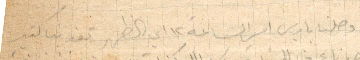
وصلنا باريس امس الساعة ١٢ أي الظهر تعزبنا كتير